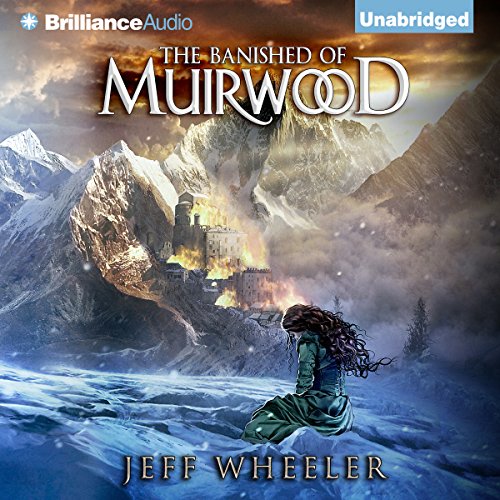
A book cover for The Banished of Muirwood: Covenant of Muirwood, Book 1; Jeff Wheeler; Romance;